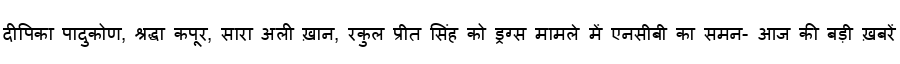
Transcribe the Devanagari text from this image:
दीपिका पादुकोण, श्रद्धा कपूर, सारा अली ख़ान, रकुल प्रीत सिंह को ड्रग्स मामले में एनसीबी का समन- आज की बड़ी ख़बरें